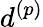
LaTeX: d^{(p)}